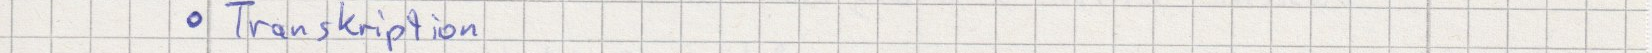
Transkription